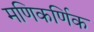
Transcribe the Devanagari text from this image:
मणिकर्णिक